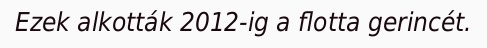
Ezek alkották 2012-ig a flotta gerincét.